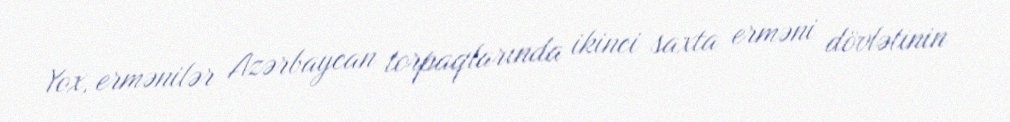
Yox, ermənilər Azərbaycan torpaqlarında ikinci saxta erməni dövlətinin